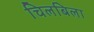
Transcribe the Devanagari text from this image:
चिलबिला